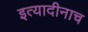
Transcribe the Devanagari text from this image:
इत्यादीनाच